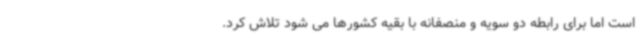
است اما برای رابطه دو سویه و منصفانه با بقیه کشورها می شود تلاش کرد.